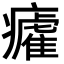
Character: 𭼲